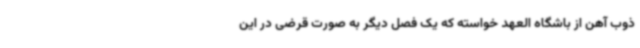
ذوب آهن از باشگاه العهد خواسته که یک فصل دیگر به صورت قرضی در این